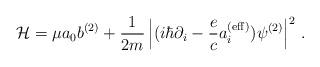
LaTeX: \begin{align*}{\cal H}= \mu a_0 b^{(2)}+ {1 \over 2m} \left|(i \hbar \partial_i - {e\over c} a_i^{({\rm eff})} )\psi^{(2)} \right|^2\,.\end{align*}